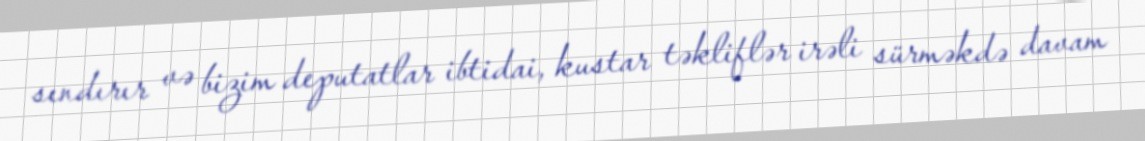
sındırır və bizim deputatlar ibtidai, kustar təkliflər irəli sürməkdə davam